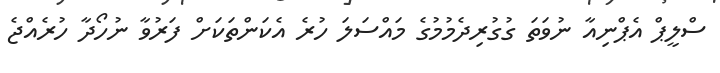
ސްލީޕް އެޕްނިއާ ނުވަތަ ގުގުރިދެމުމުގެ މައްސަލަ ހުރެ އެކަންތަކަށް ފަރުވާ ނުހޯދާ ހުރެއްޖެ